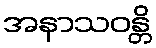
အနာသဝန္တိ